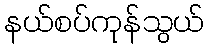
နယ်စပ်ကုန်သွယ်